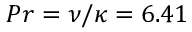
P r = \nu / \kappa = 6 . 4 1